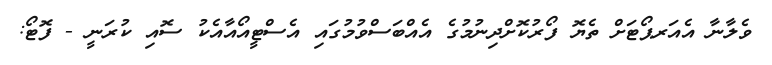
ވެލާނާ އެއަރޕޯޓަށް ތެޔޮ ފޯރުކޮށްދިނުމުގެ އެއްބަސްވުމުގައި އެސްޓީއޯއާއެކު ސޮއި ކުރަނީ - ފޮޓޯ: